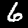
Label: 6